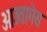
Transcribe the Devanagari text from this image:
ओउतागेस